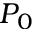
P _ { 0 }